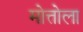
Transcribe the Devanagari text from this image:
मोत्तोला